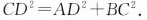
C D ^ { 2 } = A D ^ { 2 } + B C ^ { 2 }$$ .